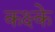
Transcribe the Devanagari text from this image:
कक्ष्के